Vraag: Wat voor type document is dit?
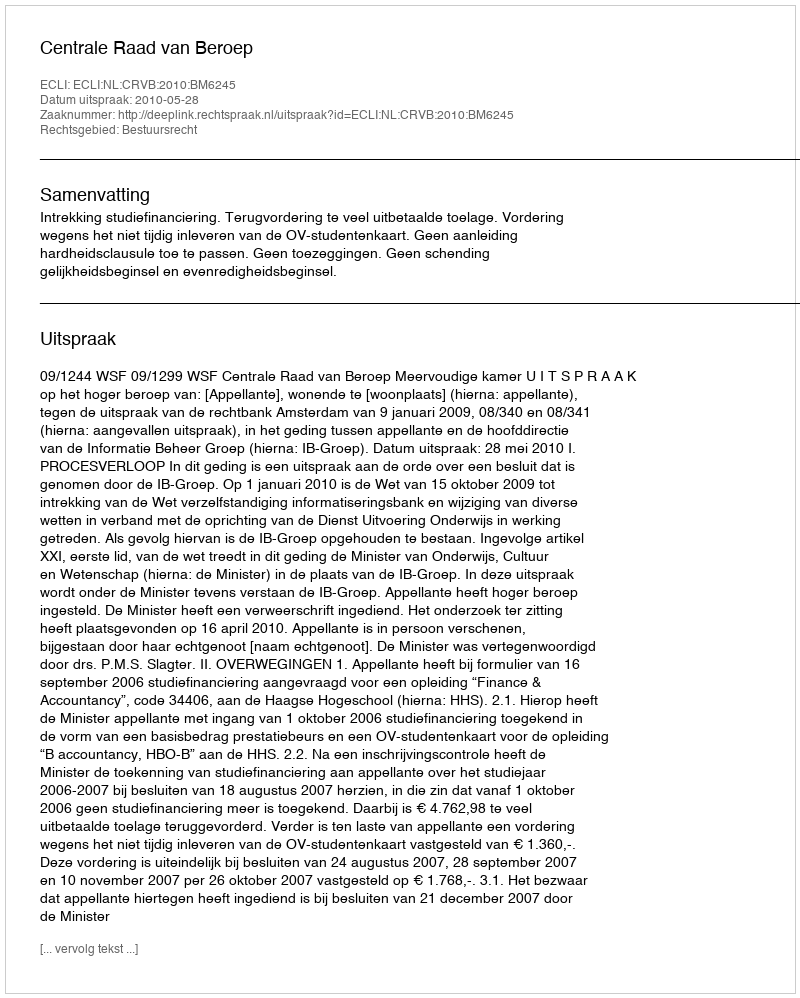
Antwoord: Uitspraak